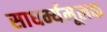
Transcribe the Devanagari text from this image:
साधर्म्यमूलक